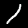
Digit: 1